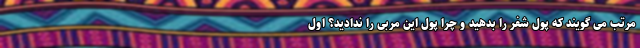
مرتب می گویند که پول شفر را بدهید و چرا پول این مربی را ندادید؟ اول